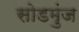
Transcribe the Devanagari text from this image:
सोडमुंज